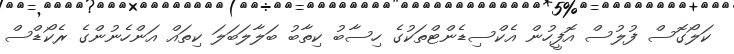
ކަލޯގޮސް ފުލުސް އޮފީހުން އެކްސިޑެންޓްތަކުގެ ހިސާބު ކިތާބު ބަލާލަބަލަ ކިތައް އަންހެނުންގެ ރެކޯޑްސް